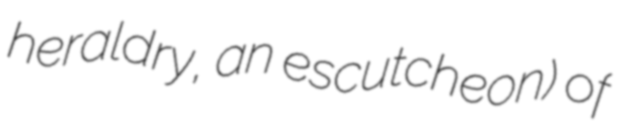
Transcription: heraldry, an escutcheon) of